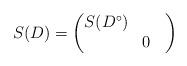
LaTeX: \begin{align*}S(D) = \begin{pmatrix} S(D^\circ) \\ & 0 \hphantom{D}\end{pmatrix}\end{align*}